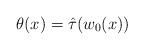
LaTeX: \begin{align*}\theta(x)=\hat \tau(w_0(x))\end{align*}